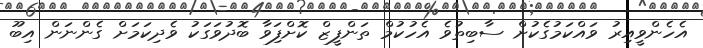
އެހެންވީއިރު ވައްކަމުގެކުށް ސާބިތުވެ އެހުކުމް ތަންފީޒް ކޮށްފަިވާ ބޮދުވަގަކު ވެދިކަމަށް ގެންނަން އިބޫ